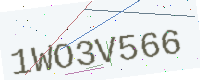
Text: 1WO3V566